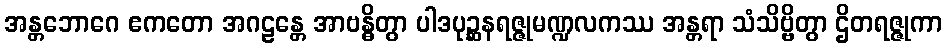
အန္တဘောဂေ ဧကတော အဂဠန္တေ အာဗန္ဓိတွာ ပါဒပုဉ္ဆနရဇ္ဇုမဏ္ဍလကဿ အန္တရာ သံသိဗ္ဗိတွာ ဌိတရဇ္ဇုကာ